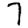
Digit: 7